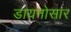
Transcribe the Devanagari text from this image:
डायनोसार